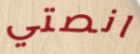
انصتي